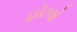
હૉટલો